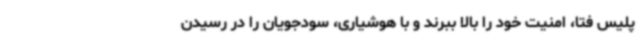
پلیس فتا، امنیت خود را بالا ببرند و با هوشیاری، سودجویان را در رسیدن